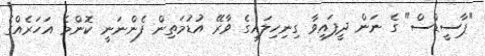
"ޕާސީޑްސް" ގެ ނަން ދީފައިވާ ގިނިހިލައިގެ ވާރޭ އުޑުމަތިން ފެންނަނީ ކޮންމެ އަހަރެއްގެ